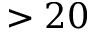
> 2 0